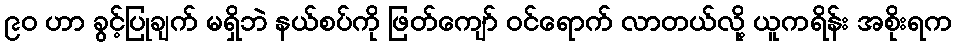
၉ဝ ဟာ ခွင့်ပြုချက် မရှိဘဲ နယ်စပ်ကို ဖြတ်ကျော် ဝင်ရောက် လာတယ်လို့ ယူကရိန်း အစိုးရက